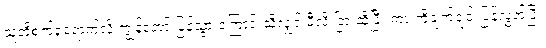
သူတို့စက်ရုံရောက်လို့ ကျွန်တော် ပြန်သွားကြောင်းသိလျှင် မီလို ငြားဆိုပြီး ကားကိုချက်ချင်းပြန်လွှတ်ပြီး